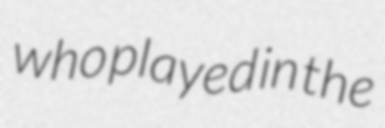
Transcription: who played in the